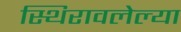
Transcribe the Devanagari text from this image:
स्थिरावलेल्या